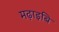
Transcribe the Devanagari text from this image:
मढ़ाइबि